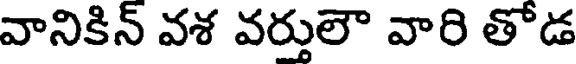
వానికిన్ వశ వర్తులౌ వారి తోడ